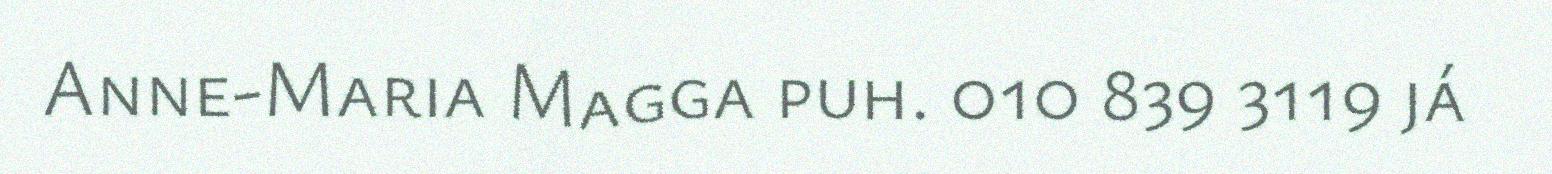
Anne-Maria Magga puh. 010 839 3119 já